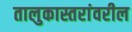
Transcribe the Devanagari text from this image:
तालुकास्तरांवरील